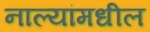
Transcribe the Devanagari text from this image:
नाल्यांमधील